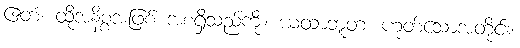
ဧတံ၊ ထိုအနိစ္စအဖြစ် အစရှိသည်ကို။ ယထာဘူတံ၊ ဟုတ်သောအတိုင်း။